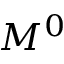
M ^ { 0 }